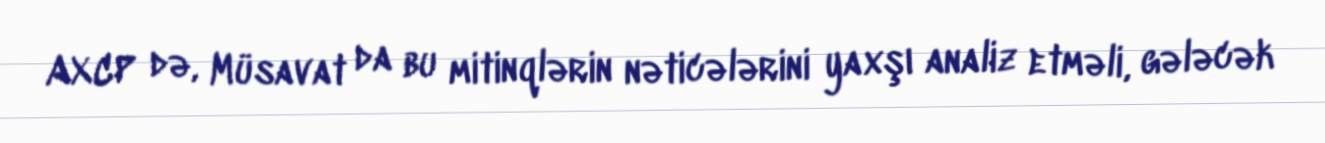
AXCP də, Müsavat da bu mitinqlərin nəticələrini yaxşı analiz etməli, gələcək